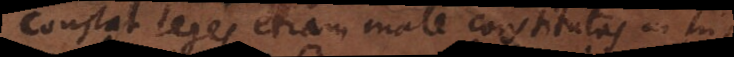
Constat leges etiam male constitutas in his